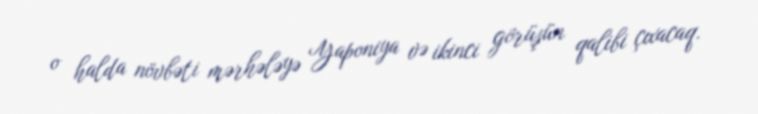
o halda növbəti mərhələyə Yaponiya və ikinci görüşün qalibi çıxacaq.